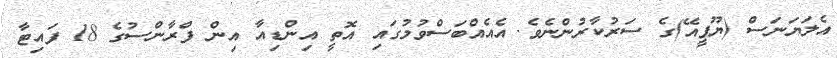
އެލަޔަނަސް (ޔޫޕީއޭ)ގެ ސަރުކާރުންނެވެ. އެއެއްބަސްވުމުގައި އޮތީ އިންޑިއާ އިން ފްރާންސުގެ 18 ފައިޓާ